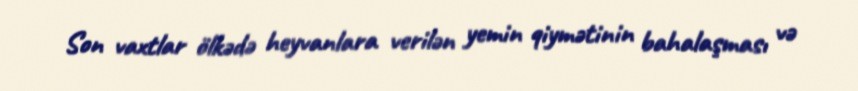
Son vaxtlar ölkədə heyvanlara verilən yemin qiymətinin bahalaşması və